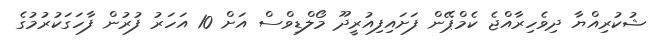
ޝުކުރިއްޔާ ދިވެހިރާއްޖެ ކެމްޕޭން ފަށައިފިއުރީދޫ މޯލްޑިވްސް އަށް 10 އަހަރު ފުރުން ފާހަގަކުރުމުގެ